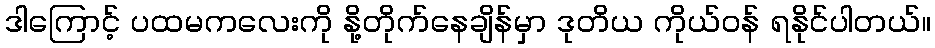
ဒါကြောင့် ပထမကလေးကို နို့တိုက်နေချိန်မှာ ဒုတိယ ကိုယ်ဝန် ရနိုင်ပါတယ်။